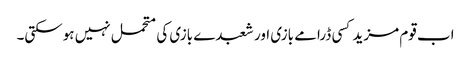
اب قوم مزید کسی ڈرامے بازی اور شعبدے بازی کی متحمل نہیں ہوسکتی۔